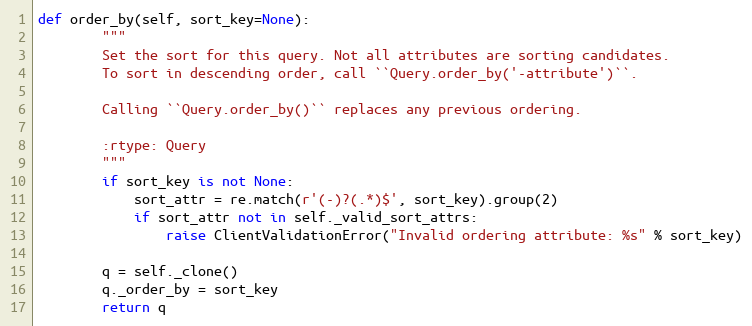
Language: Python
def order_by(self, sort_key=None):
        """
        Set the sort for this query. Not all attributes are sorting candidates.
        To sort in descending order, call ``Query.order_by('-attribute')``.

        Calling ``Query.order_by()`` replaces any previous ordering.

        :rtype: Query
        """
        if sort_key is not None:
            sort_attr = re.match(r'(-)?(.*)$', sort_key).group(2)
            if sort_attr not in self._valid_sort_attrs:
                raise ClientValidationError("Invalid ordering attribute: %s" % sort_key)

        q = self._clone()
        q._order_by = sort_key
        return q